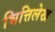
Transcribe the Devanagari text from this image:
भित्तिलेख